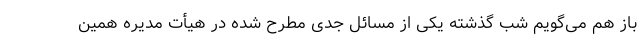
باز هم می‌گویم شب گذشته یکی از مسائل جدی مطرح شده در هیأت مدیره همین